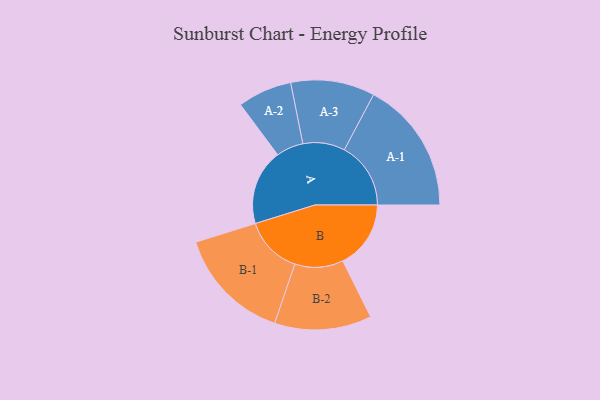
{"axis": {"x": "Segment", "y": "Value"}, "legend": ["", "A", "B"], "data": [{"x": "A", "y": 337, "type": ""}, {"x": "B", "y": 303, "type": ""}, {"x": "A-1", "y": 296, "type": "A"}, {"x": "A-2", "y": 121, "type": "A"}, {"x": "A-3", "y": 187, "type": "A"}, {"x": "B-1", "y": 257, "type": "B"}, {"x": "B-2", "y": 216, "type": "B"}]}